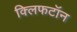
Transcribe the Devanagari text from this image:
क्लिफटॉन